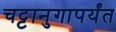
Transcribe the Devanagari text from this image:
चट्टानुगापर्यंत